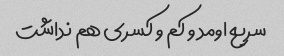
سریع اومد و کم و کسری هم نداشت